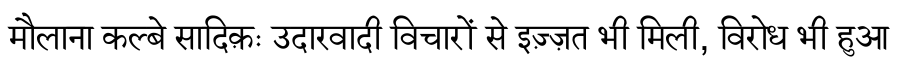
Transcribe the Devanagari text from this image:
मौलाना कल्बे सादिक़ः उदारवादी विचारों से इज़्ज़त भी मिली, विरोध भी हुआ